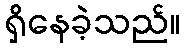
ရှိနေခဲ့သည်။